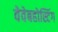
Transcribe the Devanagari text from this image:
वेवेबहोस्टिंग